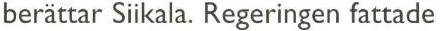
berättar Siikala. Regeringen fattade